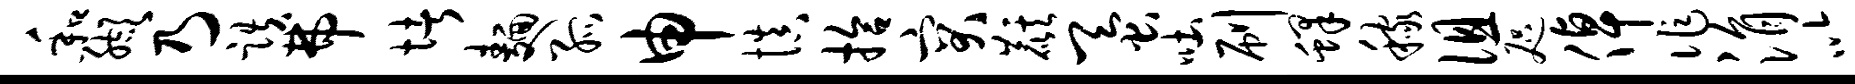
和缬乃跌弗堵面孤申慎拾突麒蚕吐刷蜂稼徂咫倬作涓以